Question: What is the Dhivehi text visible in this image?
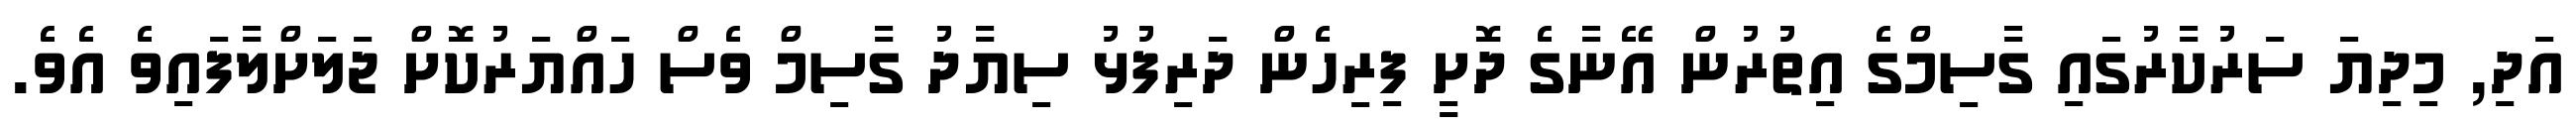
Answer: އަދި, މިދިޔަ ސަރުކާރުގައި ގާސިމްގެ އިތުރުން އޭނާގެ ދޮށީ ފިރިހެން ދަރިފުޅު ސިޔާދު ގާސިމް ވެސް ހައްޔަރުކޮށް ޖަލަށްލާފައިވެ އެވެ.